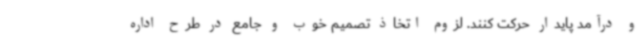
و درآمد پایدار حرکت کنند. لزوم اتخاذ تصمیم خوب و جامع در طرح اداره